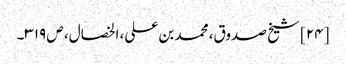
[۲۴] شیخ صدوق، محمد بن علی، الخصال، ص ۳۱۹۔